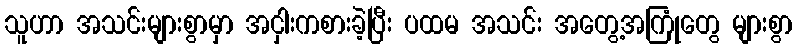
သူဟာ အသင်းများစွာမှာ အငှါးကစားခဲ့ပြီး ပထမ အသင်း အတွေ့အကြုံတွေ များစွာ